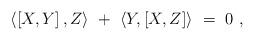
LaTeX: \begin{align*}\langle \left[ X,Y\right], Z\rangle \ + \ \langle Y,\left[ X,Z\right]\rangle \ = \ 0 \ ,\end{align*}